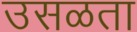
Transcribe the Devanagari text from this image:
उसळता